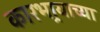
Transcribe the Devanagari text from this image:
कारभार्‍याच्या